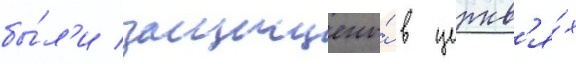
бы́л'и защищены́ в церкв'я́х